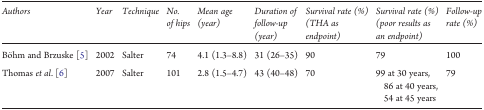
| Authors | Year | Technique | No. of hips | Mean age (year) | Duration of follow-up (year) | Survival rate (%) (THA as endpoint) | Survival rate (%) (poor results as an endpoint) | Follow-up rate (%) |
 | --- | --- | --- | --- | --- | --- | --- | --- | --- |
 | Böhm and Brzuske [5] | 2002 | Salter | 74 | 4.1 (1.3–8.8) | 31 (26–35) | 90 | 79 | 100 |
 | Thomas et al. [6] | 2007 | Salter | 101 | 2.8 (1.5–4.7) | 43 (40–48) | 70 | 99 at 30 years, 86 at 40 years, 54 at 45 years | 79 |